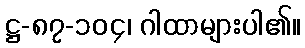
ဋ္ဌ-၈၇-၁၀၄၊ ဂါထာများပါ၏။